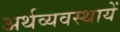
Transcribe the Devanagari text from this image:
अर्थव्यवस्थायें